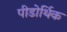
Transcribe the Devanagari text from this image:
पीडोर्थिक